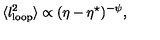
\langle l _ { \mathrm { l o o p } } ^ { 2 } \rangle \propto ( \eta - \eta ^ { \star } ) ^ { - \psi } , \,